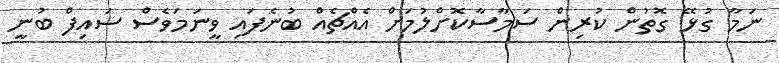
ނަމާ ގުޅޭ ގޮތުން ކުރިން ސަމާސާކޮށްލުމަށް އެއްޗެއް ބުނެފައި ވީނަމަވެސް ސައިފް ބުނީ